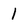
Character: 1